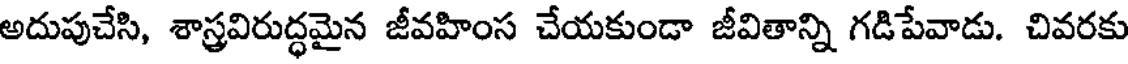
అదుపుచేసి, శాస్త్రవిరుద్ధమైన జీవహింస చేయకుండా జీవితాన్ని గడిపేవాడు. చివరకు